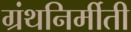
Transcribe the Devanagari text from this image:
ग्रंथनिर्मीती